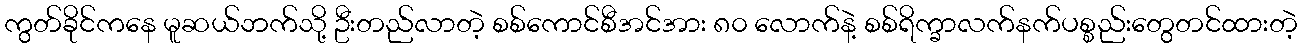
ကွတ်ခိုင်ကနေ မူဆယ်ဘက်သို့ ဦးတည်လာတဲ့ စစ်ကောင်စီအင်အား ၈၀ လောက်နဲ့ စစ်ရိက္ခာလက်နက်ပစ္စည်းတွေတင်ထားတဲ့